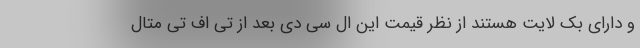
و دارای بک لایت هستند از نظر قیمت این ال سی دی بعد از تی اف تی متال